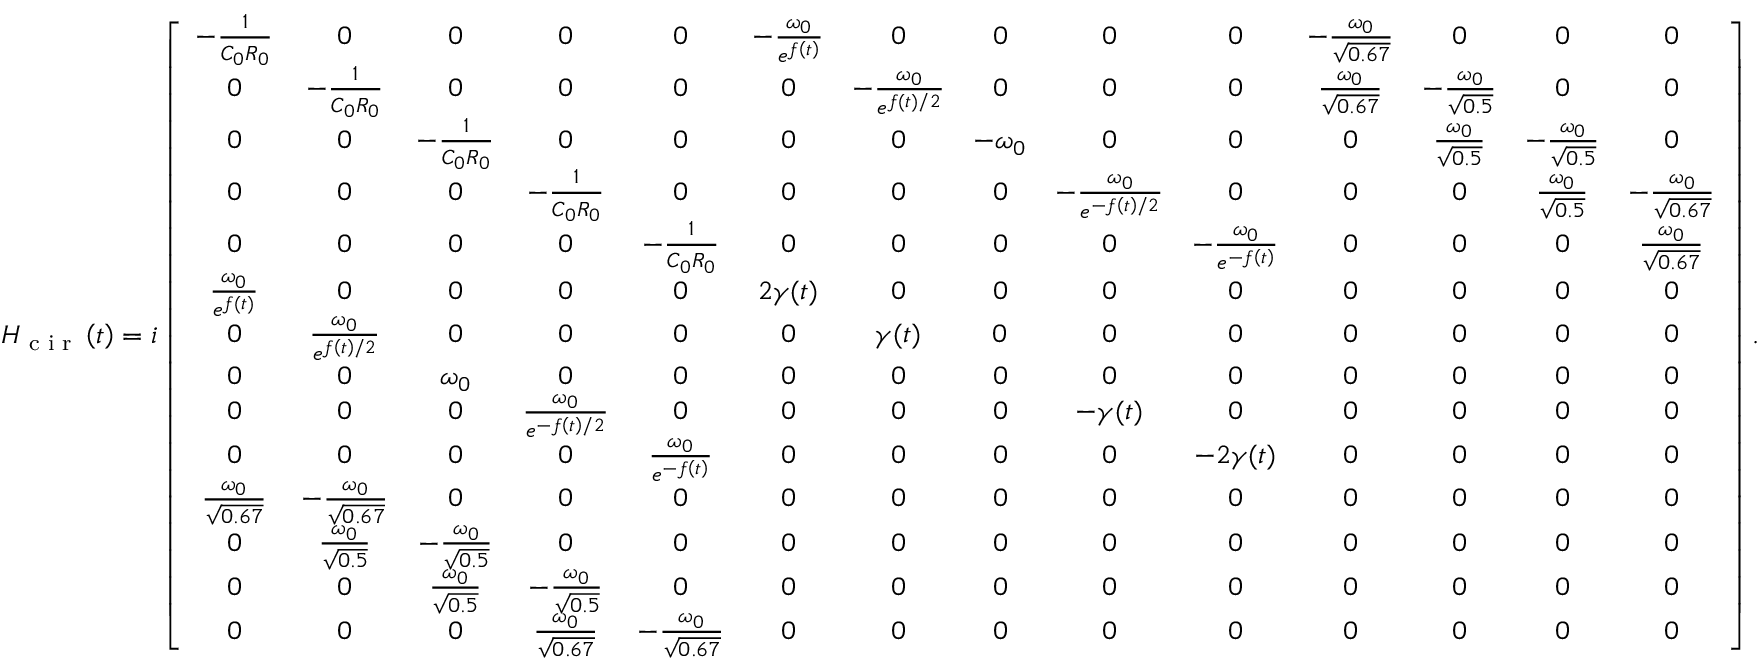
\begin{array} { r } { H _ { \textrm { c i r } } \left( t \right) = i \left[ \begin{array} { c c c c c c c c c c c c c c } { - \frac { 1 } { C _ { 0 } R _ { 0 } } } & { 0 } & { 0 } & { 0 } & { 0 } & { - \frac { \omega _ { 0 } } { e ^ { f \left( t \right) } } } & { 0 } & { 0 } & { 0 } & { 0 } & { - \frac { \omega _ { 0 } } { \sqrt { 0 . 6 7 } } } & { 0 } & { 0 } & { 0 } \\ { 0 } & { - \frac { 1 } { C _ { 0 } R _ { 0 } } } & { 0 } & { 0 } & { 0 } & { 0 } & { - \frac { \omega _ { 0 } } { e ^ { f \left( t \right) / 2 } } } & { 0 } & { 0 } & { 0 } & { \frac { \omega _ { 0 } } { \sqrt { 0 . 6 7 } } } & { - \frac { \omega _ { 0 } } { \sqrt { 0 . 5 } } } & { 0 } & { 0 } \\ { 0 } & { 0 } & { - \frac { 1 } { C _ { 0 } R _ { 0 } } } & { 0 } & { 0 } & { 0 } & { 0 } & { - \omega _ { 0 } } & { 0 } & { 0 } & { 0 } & { \frac { \omega _ { 0 } } { \sqrt { 0 . 5 } } } & { - \frac { \omega _ { 0 } } { \sqrt { 0 . 5 } } } & { 0 } \\ { 0 } & { 0 } & { 0 } & { - \frac { 1 } { C _ { 0 } R _ { 0 } } } & { 0 } & { 0 } & { 0 } & { 0 } & { - \frac { \omega _ { 0 } } { e ^ { - f \left( t \right) / 2 } } } & { 0 } & { 0 } & { 0 } & { \frac { \omega _ { 0 } } { \sqrt { 0 . 5 } } } & { - \frac { \omega _ { 0 } } { \sqrt { 0 . 6 7 } } } \\ { 0 } & { 0 } & { 0 } & { 0 } & { - \frac { 1 } { C _ { 0 } R _ { 0 } } } & { 0 } & { 0 } & { 0 } & { 0 } & { - \frac { \omega _ { 0 } } { e ^ { - f \left( t \right) } } } & { 0 } & { 0 } & { 0 } & { \frac { \omega _ { 0 } } { \sqrt { 0 . 6 7 } } } \\ { \frac { \omega _ { 0 } } { e ^ { f \left( t \right) } } } & { 0 } & { 0 } & { 0 } & { 0 } & { 2 \gamma ( t ) } & { 0 } & { 0 } & { 0 } & { 0 } & { 0 } & { 0 } & { 0 } & { 0 } \\ { 0 } & { \frac { \omega _ { 0 } } { e ^ { f \left( t \right) / 2 } } } & { 0 } & { 0 } & { 0 } & { 0 } & { \gamma ( t ) } & { 0 } & { 0 } & { 0 } & { 0 } & { 0 } & { 0 } & { 0 } \\ { 0 } & { 0 } & { \omega _ { 0 } } & { 0 } & { 0 } & { 0 } & { 0 } & { 0 } & { 0 } & { 0 } & { 0 } & { 0 } & { 0 } & { 0 } \\ { 0 } & { 0 } & { 0 } & { \frac { \omega _ { 0 } } { e ^ { - f \left( t \right) / 2 } } } & { 0 } & { 0 } & { 0 } & { 0 } & { - \gamma ( t ) } & { 0 } & { 0 } & { 0 } & { 0 } & { 0 } \\ { 0 } & { 0 } & { 0 } & { 0 } & { \frac { \omega _ { 0 } } { e ^ { - f \left( t \right) } } } & { 0 } & { 0 } & { 0 } & { 0 } & { - 2 \gamma ( t ) } & { 0 } & { 0 } & { 0 } & { 0 } \\ { \frac { \omega _ { 0 } } { \sqrt { 0 . 6 7 } } } & { - \frac { \omega _ { 0 } } { \sqrt { 0 . 6 7 } } } & { 0 } & { 0 } & { 0 } & { 0 } & { 0 } & { 0 } & { 0 } & { 0 } & { 0 } & { 0 } & { 0 } & { 0 } \\ { 0 } & { \frac { \omega _ { 0 } } { \sqrt { 0 . 5 } } } & { - \frac { \omega _ { 0 } } { \sqrt { 0 . 5 } } } & { 0 } & { 0 } & { 0 } & { 0 } & { 0 } & { 0 } & { 0 } & { 0 } & { 0 } & { 0 } & { 0 } \\ { 0 } & { 0 } & { \frac { \omega _ { 0 } } { \sqrt { 0 . 5 } } } & { - \frac { \omega _ { 0 } } { \sqrt { 0 . 5 } } } & { 0 } & { 0 } & { 0 } & { 0 } & { 0 } & { 0 } & { 0 } & { 0 } & { 0 } & { 0 } \\ { 0 } & { 0 } & { 0 } & { \frac { \omega _ { 0 } } { \sqrt { 0 . 6 7 } } } & { - \frac { \omega _ { 0 } } { \sqrt { 0 . 6 7 } } } & { 0 } & { 0 } & { 0 } & { 0 } & { 0 } & { 0 } & { 0 } & { 0 } & { 0 } \end{array} \right] . } \end{array}